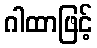
ဂါထာဖြင့်